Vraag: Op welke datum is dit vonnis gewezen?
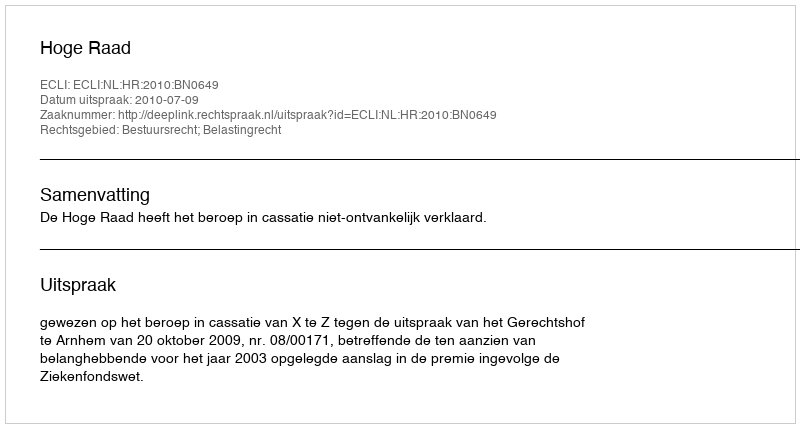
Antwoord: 2010-07-09